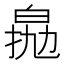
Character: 𤽵